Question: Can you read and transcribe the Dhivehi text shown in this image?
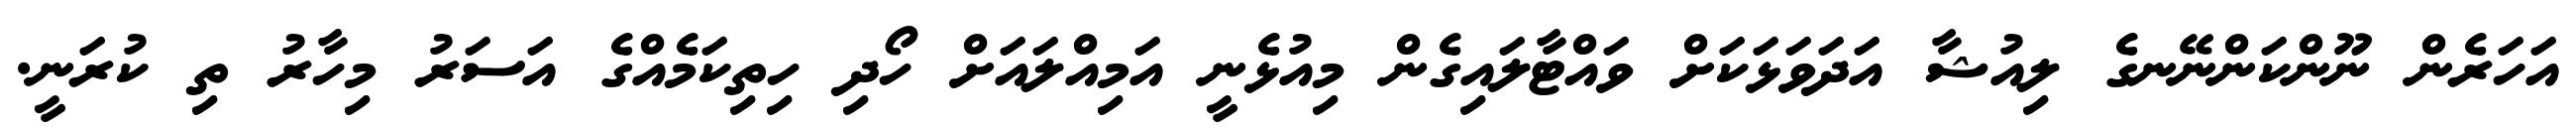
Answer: އަހަރެން ނޫންކަންނޭނގެ ލިއުޝާ އަދަވަޅަކަށް ވައްޓާލައިގެން މިއުޅެނީ އަމިއްލައަށް ހޯދި ހިތިކަމެއްގެ އަސަރު މިހާރު ތި ކުރަނީ.